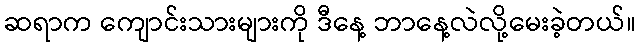
ဆရာက ကျောင်းသားများကို ဒီနေ့ ဘာနေ့လဲလို့မေးခဲ့တယ်။